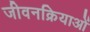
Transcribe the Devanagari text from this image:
जीवनक्रियाओं